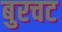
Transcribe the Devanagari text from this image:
बुरचट